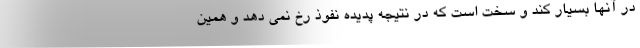
در آنها بسیار کند و سخت است که در نتیجه پدیده نفوذ رخ نمی دهد و همین